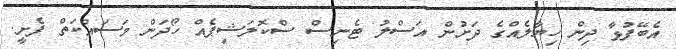
އެބޭފުޅާ ދިން ހިޔާލެއްގެ ދަށުން އަސްލު ޓެނިސް ސްކޮލަޝިޕެއް ހޯދަން މަސައްކަތް ފެށީ.